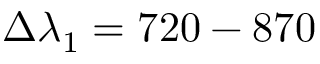
\Delta \lambda _ { 1 } = 7 2 0 - 8 7 0